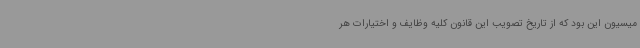
میسیون این بود که از تاریخ تصویب این قانون کلیه وظایف و اختیارات هر